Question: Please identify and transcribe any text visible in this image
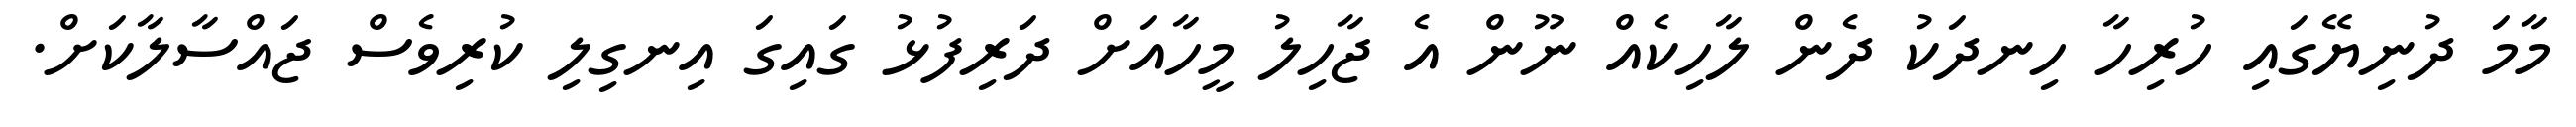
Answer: މާމަ ދުނިޔޭގައި ހުރިހާ ހިނދަކު ދެން ލާހިކެއް ނޫން އެ ޖާހިލު މީހާއަށް ދަރިފުޅު ގައިގަ އިނގިލި ކުރިވެސް ޖައްސާލާކަށް.